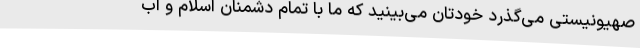
صهیونیستی می‌گذرد خودتان می‌بینید که ما با تمام دشمنان اسلام و اب